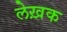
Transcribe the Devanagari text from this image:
लेख़क